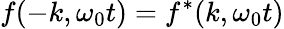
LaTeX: f(-k,\omega_{0}t)=f^{*}(k,\omega_{0}t)